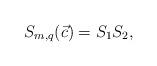
LaTeX: \begin{align*}S_{m,q}(\vec{c})=S_1S_2,\end{align*}